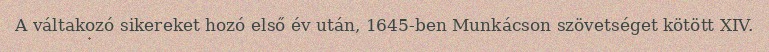
A váltakozó sikereket hozó első év után, 1645-ben Munkácson szövetséget kötött XIV.